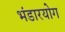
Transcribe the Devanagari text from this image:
भंडारयोग